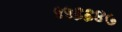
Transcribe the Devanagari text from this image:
५५६६४७